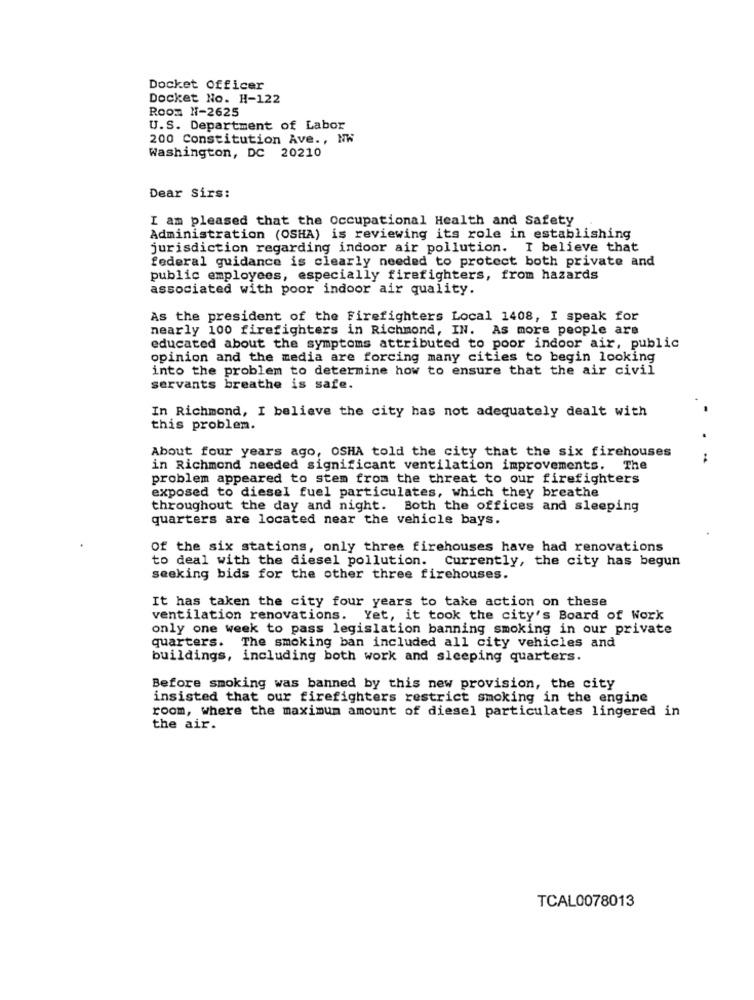
Docket Officer
Docket No. H-122
Room H-2625
U.S. Department of Labor
200 Constitution Ave ., NW
Washington, DC 20210
Dear Sirs:
I am pleased that the Occupational Health and Safety
Administration (OSHA) is reviewing its role in establishing
jurisdiction regarding indoor air pollution. I believe that
federal guidance is clearly needed to protect both private and
public employees, especially firefighters, from hazards
associated with poor indoor air quality.
As the president of the Firefighters Local 1408, I speak for
nearly 100 firefighters in Richmond, IN. As more people are
educated about the symptoms attributed to poor indoor air, public
opinion and the media are forcing many cities to begin looking
into the problem to determine how to ensure that the air civil
servants breathe is safe.
In Richmond, I believe the city has not adequately dealt with
this problem.
About four years ago, OSHA told the city that the six firehouses
in Richmond needed significant ventilation improvements. The
problem appeared to stem from the threat to our firefighters
exposed to diesel fuel particulates, which they breathe
throughout the day and night. Both the offices and sleeping
quarters are located near the vehicle bays.
Of the six stations, only three firehouses have had renovations
to deal with the diesel pollution. Currently, the city has begun
seeking bids for the other three firehouses.
It has taken the city four years to take action on these
ventilation renovations. Yet, it took the city's Board of Work
only one week to pass legislation banning smoking in our private
quarters. The smoking ban included all city vehicles and
buildings, including both work and sleeping quarters.
Before smoking was banned by this new provision, the city
insisted that our firefighters restrict smoking in the engine
room, where the maximum amount of diesel particulates lingered in
the air.
TCAL0078013